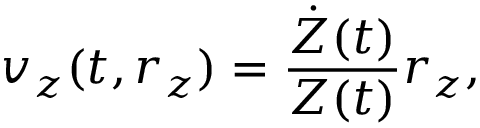
v _ { z } ( t , r _ { z } ) = \frac { \dot { Z } ( t ) } { Z ( t ) } r _ { z } ,